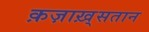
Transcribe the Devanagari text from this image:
क़ज़ाख़्सतान